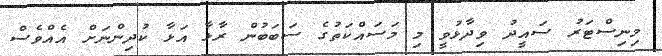
މިނިސްޓަރު ސައީދު ވިދާޅުވީ މި މަސައްކަތުގެ ސަބަބުން ރާޅާ އަޅާ ކުދިންނަށް އެއްވެސް